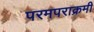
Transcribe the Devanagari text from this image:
परमपराक्रमी